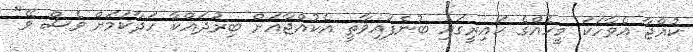
ކުއްޖާ އެވާހަކަ މީހެއްގެ ކައިރީގައި ބުނެފައިވާތީ އެކުއްޖާއަށް ބިރުދައްކާ ހަދާކަމަށް ވެސް ވޭ"